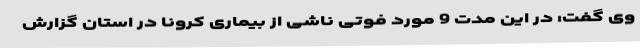
وی گفت: در این مدت 9 مورد فوتی ناشی از بیماری کرونا در استان گزارش